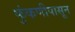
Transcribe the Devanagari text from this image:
फुंकणीपासून